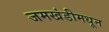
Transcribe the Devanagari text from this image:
जमखंडीमधून